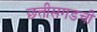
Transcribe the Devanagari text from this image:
छत्तीसगडची